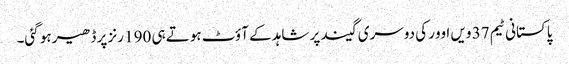
پاکستانی ٹیم 37 ویں اوور کی دوسری گیند پر شاہد کے آؤٹ ہوتے ہی 190 رنز پر ڈھیر ہو گئی۔